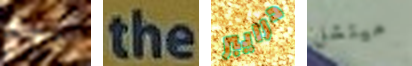
ربع the درايبر ميتشل